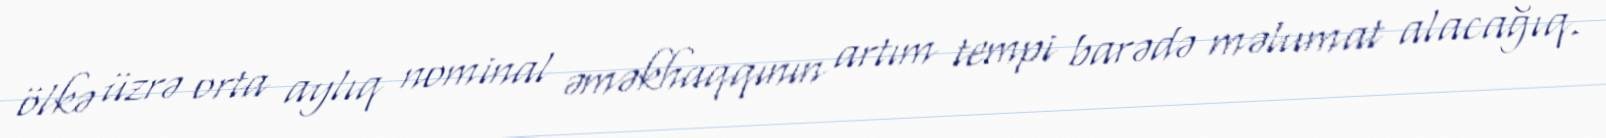
ölkə üzrə orta aylıq nominal əməkhaqqının artım tempi barədə məlumat alacağıq.